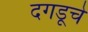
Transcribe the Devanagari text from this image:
दगडूचे